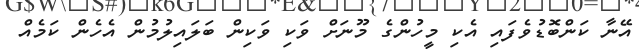
އޭނާ ކަންބޮޑުވެފައި އެކި މީހުންގެ މޫނަށް ވަކި ވަކިން ބަލައިލުމުން އެހެން ކަމެއް